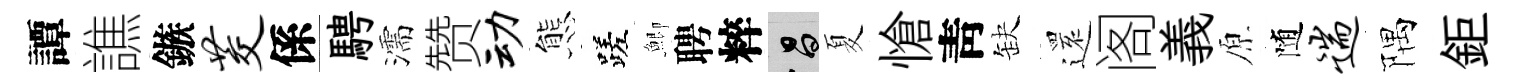
譚譙鏃茭係騁濡赞动態蹉鯽聘粹昌夏愴靑缺𮟃阁義原随遄隅鉅